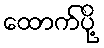
ထောက်ပို့